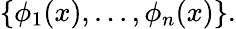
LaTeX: \left\{ \phi_{1}(x),...,\phi_{n}(x)\right\} .